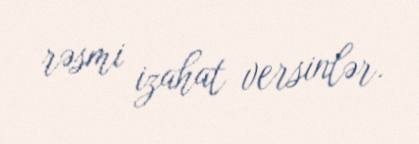
rəsmi izahat versinlər.